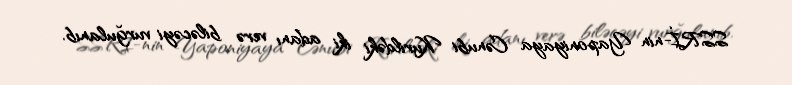
SSRİ-nin Yaponiyaya Cənubi Kurildəki iki adanı verə biləcəyi vurğulanıb.